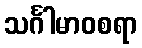
သင်္ဂါမာဝစရာ